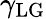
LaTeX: \gamma_{\mathrm{LG}}